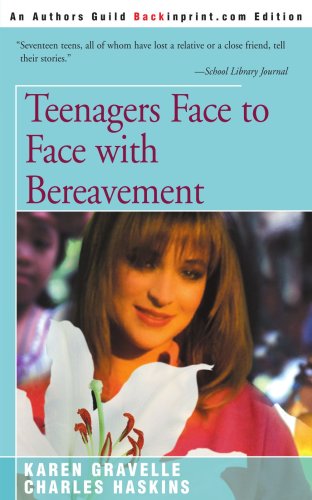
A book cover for Teenagers Face to Face with Bereavement; Karen Gravelle; Teen & Young Adult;